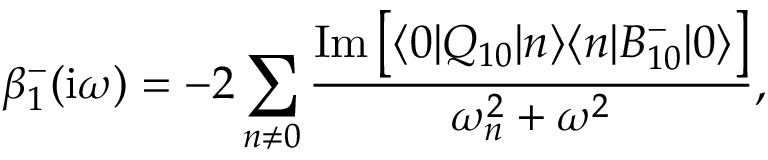
\beta _ { 1 } ^ { - } ( \mathrm { i } \omega ) = - 2 \sum _ { n \ne 0 } \frac { \mathrm { I m } \left[ \langle 0 | Q _ { 1 0 } | n \rangle \langle n | B _ { 1 0 } ^ { - } | 0 \rangle \right] } { \omega _ { n } ^ { 2 } + \omega ^ { 2 } } ,